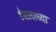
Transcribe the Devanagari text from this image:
टेबलाच्या